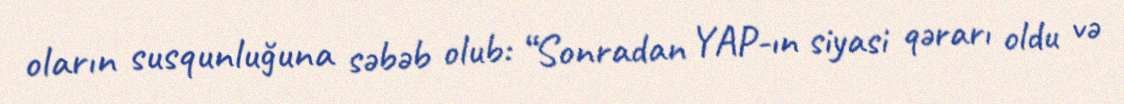
oların susqunluğuna səbəb olub: “Sonradan YAP-ın siyasi qərarı oldu və